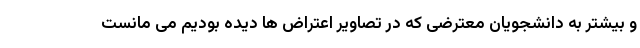
و بیشتر به دانشجویان معترضی که در تصاویر اعتراض ها دیده بودیم می مانست